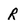
Character: R